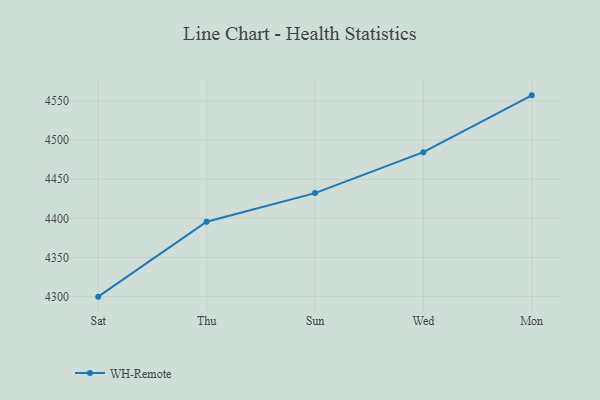
{"axis": {"x": "Day", "y": "Active Users"}, "legend": ["WH-Remote"], "data": [{"x": "Sat", "y": 4299.9, "type": "WH-Remote"}, {"x": "Thu", "y": 4395.7, "type": "WH-Remote"}, {"x": "Sun", "y": 4432.2, "type": "WH-Remote"}, {"x": "Wed", "y": 4484.5, "type": "WH-Remote"}, {"x": "Mon", "y": 4557.1, "type": "WH-Remote"}]}